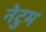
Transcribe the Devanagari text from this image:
नेटुम